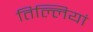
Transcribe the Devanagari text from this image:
तिल्लियां